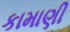
કામાણી